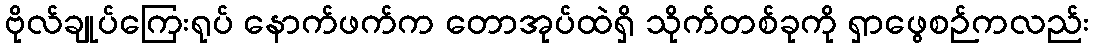
ဗိုလ်ချုပ်ကြေးရုပ် နောက်ဖက်က တောအုပ်ထဲရှိ သိုက်တစ်ခုကို ရှာဖွေစဉ်ကလည်း